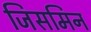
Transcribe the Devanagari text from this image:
जिसमिन